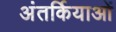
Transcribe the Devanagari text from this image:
अंतर्कियाओं